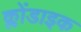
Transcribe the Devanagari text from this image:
क्लोंडाइक